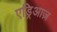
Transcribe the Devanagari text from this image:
एड्रिआज़